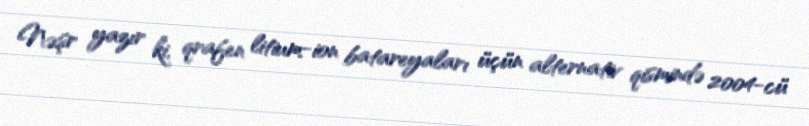
Nəşr yazır ki, qrafen litium-ion batareyaları üçün alternativ qismində 2004-cü